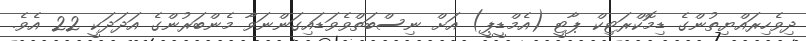
ދިވެހިރައްޔިތުންގެ ޑިމޮކްރަޓިކް ޕާޓީ (އެމްޑީޕީ) އަށް ނިސްބަތްވެވަޑައިގަންނަވާ މެންބަރުންގެ އަދަދަކީ 22 އެވެ.